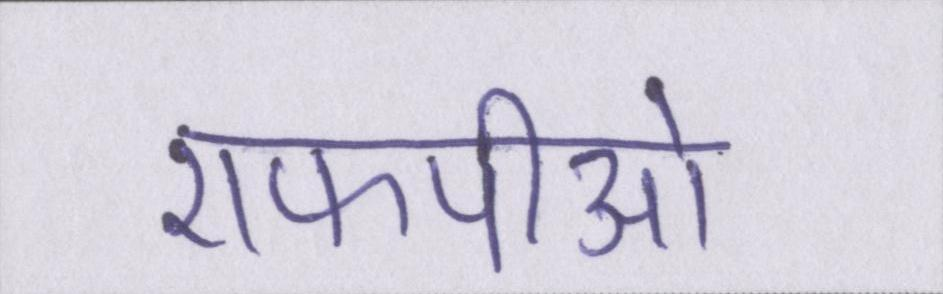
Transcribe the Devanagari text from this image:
एफपीओ